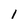
Character: l